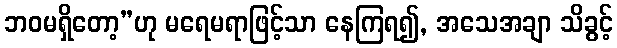
ဘဝမရှိတော့”ဟု မရေမရာဖြင့်သာ နေကြရ၍, အသေအချာ သိခွင့်